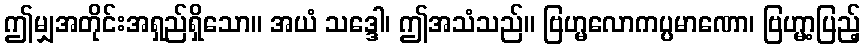
ဤမျှအတိုင်းအရှည်ရှိသော။ အယံ သဒ္ဒေါ၊ ဤအသံသည်။ ဗြဟ္မလောကပ္ပမာဏော၊ ဗြဟ္မာ့ပြည့်